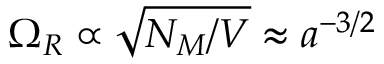
\Omega _ { R } \propto \sqrt { N _ { M } / V } \approx a ^ { - 3 / 2 }